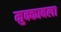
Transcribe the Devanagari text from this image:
मुक्काबला